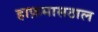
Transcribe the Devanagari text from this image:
हाफ़मासठाल